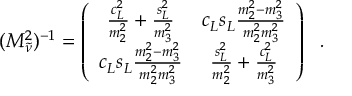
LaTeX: ( M _ { \tilde { \nu } } ^ { 2 } ) ^ { - 1 } = \left( \begin{array} { c c } { { \frac { c _ { L } ^ { 2 } } { m _ { 2 } ^ { 2 } } + \frac { s _ { L } ^ { 2 } } { m _ { 3 } ^ { 2 } } } } & { { c _ { L } s _ { L } \frac { m _ { 2 } ^ { 2 } - m _ { 3 } ^ { 2 } } { m _ { 2 } ^ { 2 } m _ { 3 } ^ { 2 } } } } \\ { { c _ { L } s _ { L } \frac { m _ { 2 } ^ { 2 } - m _ { 3 } ^ { 2 } } { m _ { 2 } ^ { 2 } m _ { 3 } ^ { 2 } } } } & { { \frac { s _ { L } ^ { 2 } } { m _ { 2 } ^ { 2 } } + \frac { c _ { L } ^ { 2 } } { m _ { 3 } ^ { 2 } } } } \end{array} \right) \ \ .